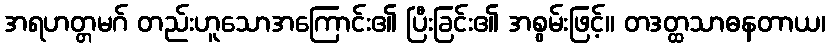
အရဟတ္တမဂ် တည်းဟူသောအကြောင်း၏ ပြီးခြင်း၏ အစွမ်းဖြင့်။ တဒတ္ထသာဓနတာယ၊